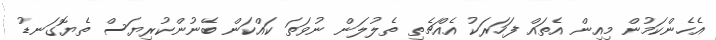
އެހެންކަމުން މިއިން އެތައް ފަހަރަކު އެއްޗެތި ތެލުލަން ނުވަތަ ކައްކަން ބޭނުންކުރިޔަސް ތެޔޮގަނޑު